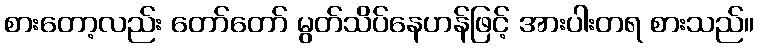
စားတော့လည်း တော်တော် မွတ်သိပ်နေဟန်ဖြင့် အားပါးတရ စားသည်။